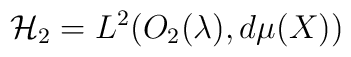
{\cal H}_2 = L^2 \big( O_2(\lambda),d\mu(X) \big)